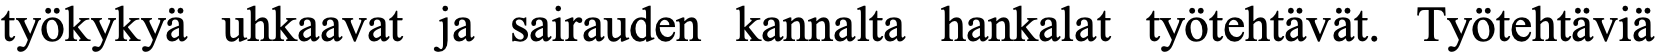
työkykyä uhkaavat ja sairauden kannalta hankalat työtehtävät. Työtehtäviä